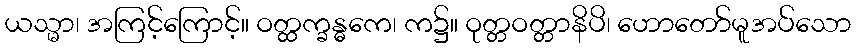
ယသ္မာ၊ အကြင့်ကြောင့်။ ဝတ္ထက္ခန္ဓကေ၊ က၌။ ဝုတ္တဝတ္တာနိပိ၊ ဟောတော်မူအပ်သော